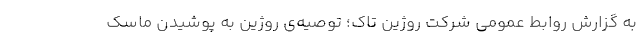
به گزارش روابط عمومی شرکت روژین تاک؛ توصیه‌ی روژین به پوشیدن ماسک